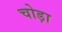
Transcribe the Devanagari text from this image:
चोड़ा